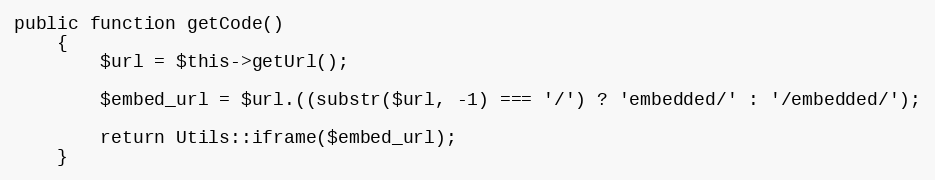
Language: PHP
public function getCode()
    {
        $url = $this->getUrl();

        $embed_url = $url.((substr($url, -1) === '/') ? 'embedded/' : '/embedded/');

        return Utils::iframe($embed_url);
    }